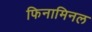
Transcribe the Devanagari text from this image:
फिनामिनल